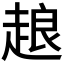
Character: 𧻴